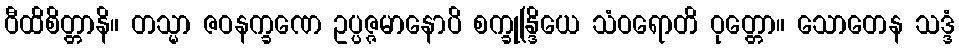
ဝီထိစိတ္တာနိ။ တသ္မာ ဇဝနက္ခဏေ ဥပ္ပဇ္ဇမာနောပိ စက္ခုန္ဒြိယေ သံဝရောတိ ဝုတ္တော။ သောတေန သဒ္ဒံ